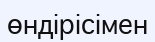
өндірісімен